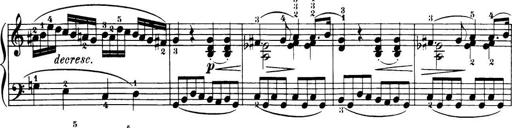
Title: 32 Sonatinas and Rondos for the Piano
Composer: Richard Kleinmichel